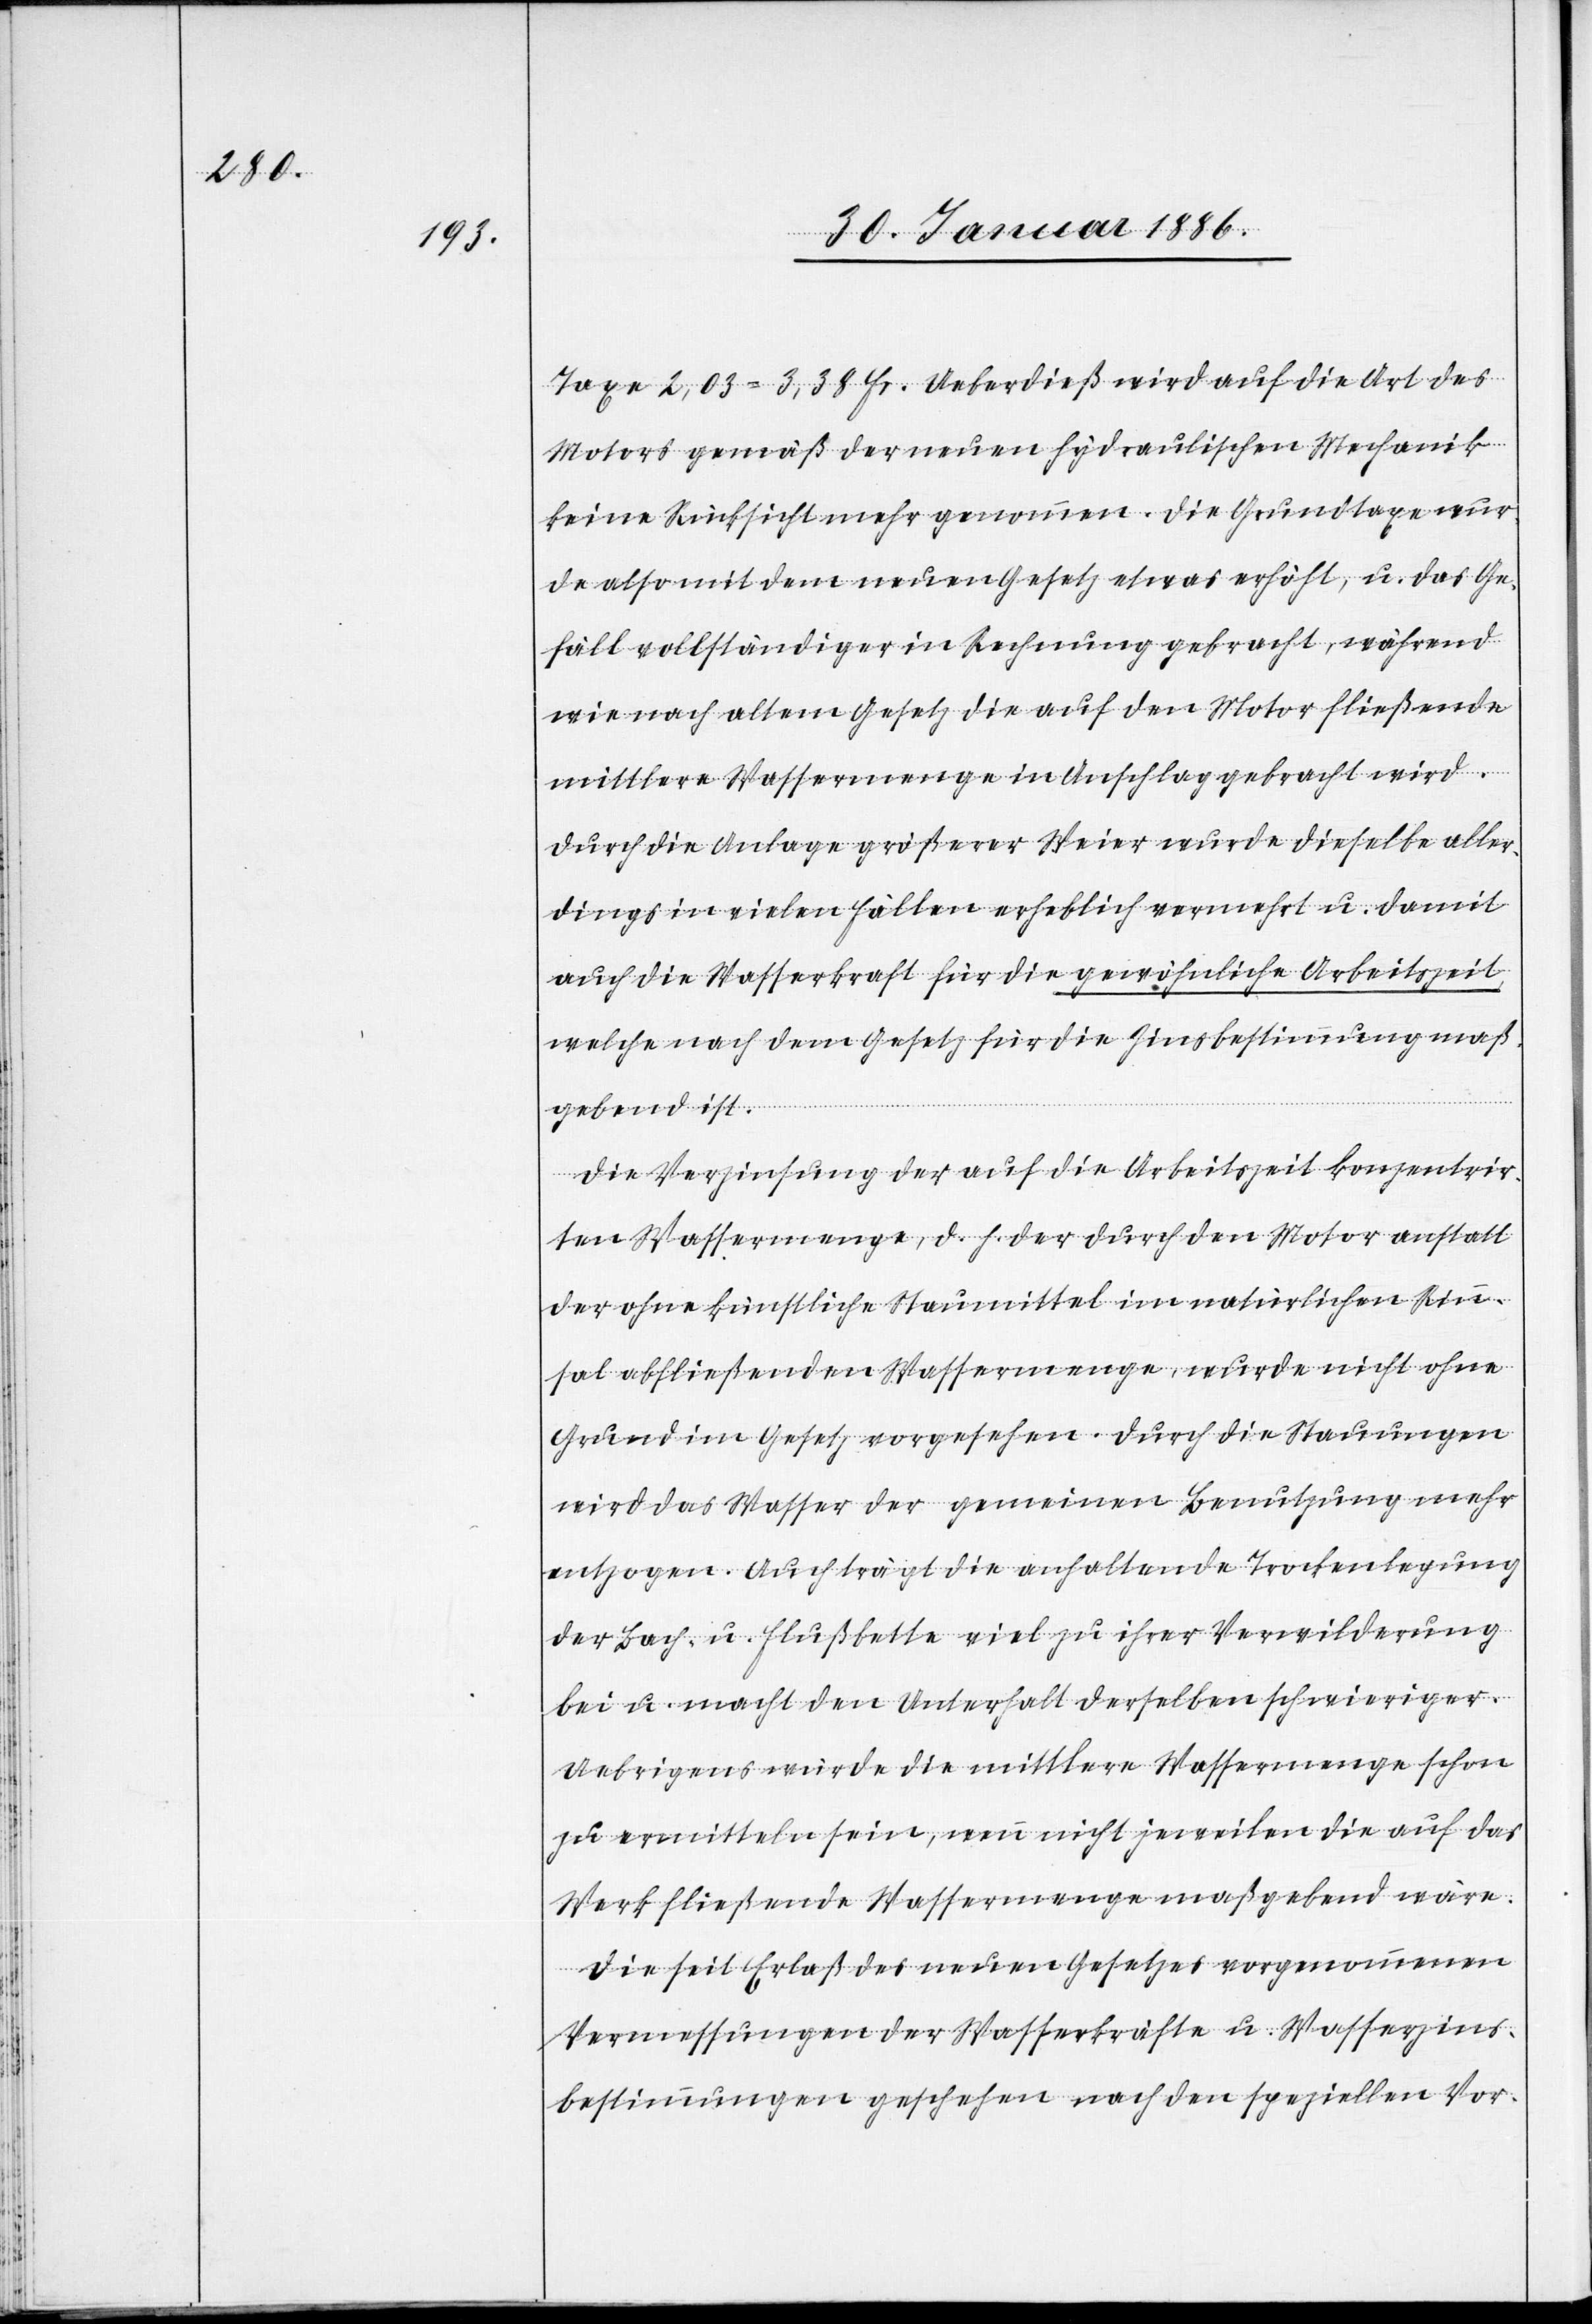
Taxe 2,03=3,38 Fr. Ueberdieß wird auf die Art des
Motors gemäß der neuen hydraulischen Mechanik
keine Rücksicht mehr genommen. Die Grundtaxe wur¬
de also mit dem neuen Gesetz etwas erhöht, u. das Ge¬
fäll vollständiger in Rechnung gebracht, während
wie nach altem Gesetz die auf den Motor fließenden
mittlere Wassermenge in Anschlag gebracht wird.
Durch die Anlage größerer Weier wurde dieselbe aller¬
dings in vielen Fällen erheblich vermehrt u. damit
auch die Wasserkraft für die gewöhnliche Arbeitszeit
welche nach dem Gesetz für die Zinsbestimmung maß¬
gebend ist.
Die Verzinsung der auf die Arbeitszeit konzentrir¬
te Wassermenge, d. h. der durch den Motor anstatt
der ohne künstliche Staumittel im natürlichen Rinn¬
sal abfließenden Wassermenge, wurde nicht ohne
Grund im Gesetz vorgesehen. Durch die Stauungen
wird das Wasser der gemeinen Benutzung nicht
entzogen. Auch trägt die anhaltende Trockenlegung
der Bach- u. Flußbette viel zu ihrer Verwilderung
bei u. macht den Unterhalt derselben schwieriger.
Ueberigens würde die mittlere Wassermenge schon
zu ermitteln sein, wenn nicht jeweilen die auf des
Werk fließende Wassermenge maßgebend wäre.
Die seit Erlaß des neuen Gesetzes vorgenommene
Vermessungen der Wasserkräfte u. Wasserzins¬
bestimmungen geschehen nach den speziellen Vor-